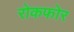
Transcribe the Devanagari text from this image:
रोकफोर